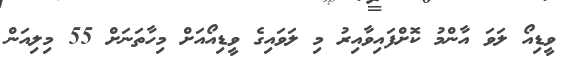
ވީޑިއޯ ލަވަ އާންމު ކޮށްފައިވާއިރު މި ލަވައިގެ ވީޑިއޯއަށް މިހާތަނަށް 55 މިލިއަން